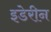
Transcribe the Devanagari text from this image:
इडेरीन